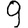
Digit: 9